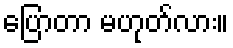
ပြောတာ မဟုတ်လား။